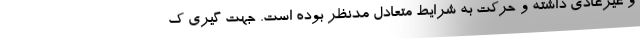
و غیرعادی داشته و حرکت به شرایط متعادل مدنظر بوده است. جهت گیری ک